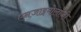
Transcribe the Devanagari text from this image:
एनजाइमोलॉजी